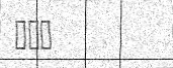
١٣٩